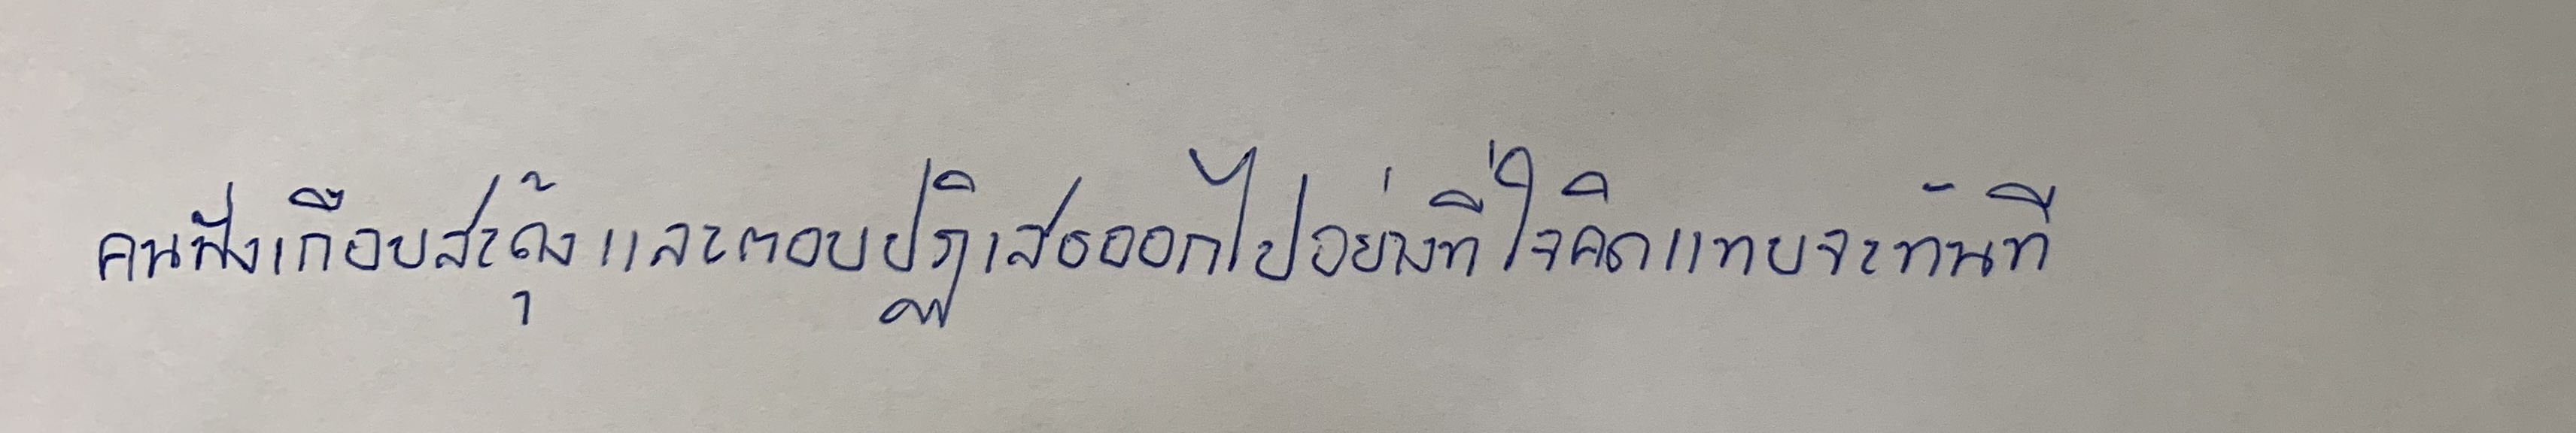
คนฟังเกือบสะดุ้งและตอบปฏิเสธออกไปอย่างที่ใจคิดแทบจะทันที